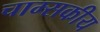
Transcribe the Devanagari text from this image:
चाम्सकीय